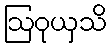
ဩဝုယှသိ